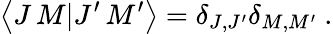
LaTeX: \left\langle J\, M|J^{\prime}\, M^{\prime}\right\rangle=\delta_{J,J^{\prime}}\delta_{M,M^{\prime}}~.